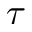
\tau